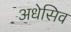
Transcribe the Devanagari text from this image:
अधेसिव